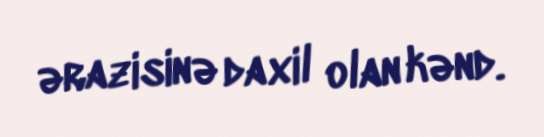
ərazisinə daxil olan kənd.